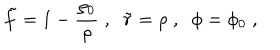
\tilde { f } = 1 - \frac { \rho _ { 0 } } { \rho } \; , \; \; \tilde { r } = \rho \; , \; \; \phi = \phi _ { 0 } \; ,